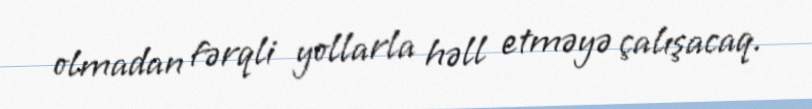
olmadan fərqli yollarla həll etməyə çalışacaq.